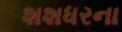
શશધરના